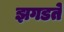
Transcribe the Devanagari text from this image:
झगडते